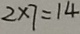
2 \times 7 = 1 4